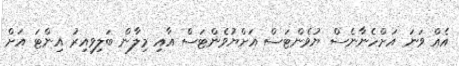
އެއް ވަނަ އަށްހެނާނެސް ޔުވެންޓަސް އަށްޔުވެންޓަސް އާއި މިލާން ބަލިވިއިރު އިންޓަ އަށް